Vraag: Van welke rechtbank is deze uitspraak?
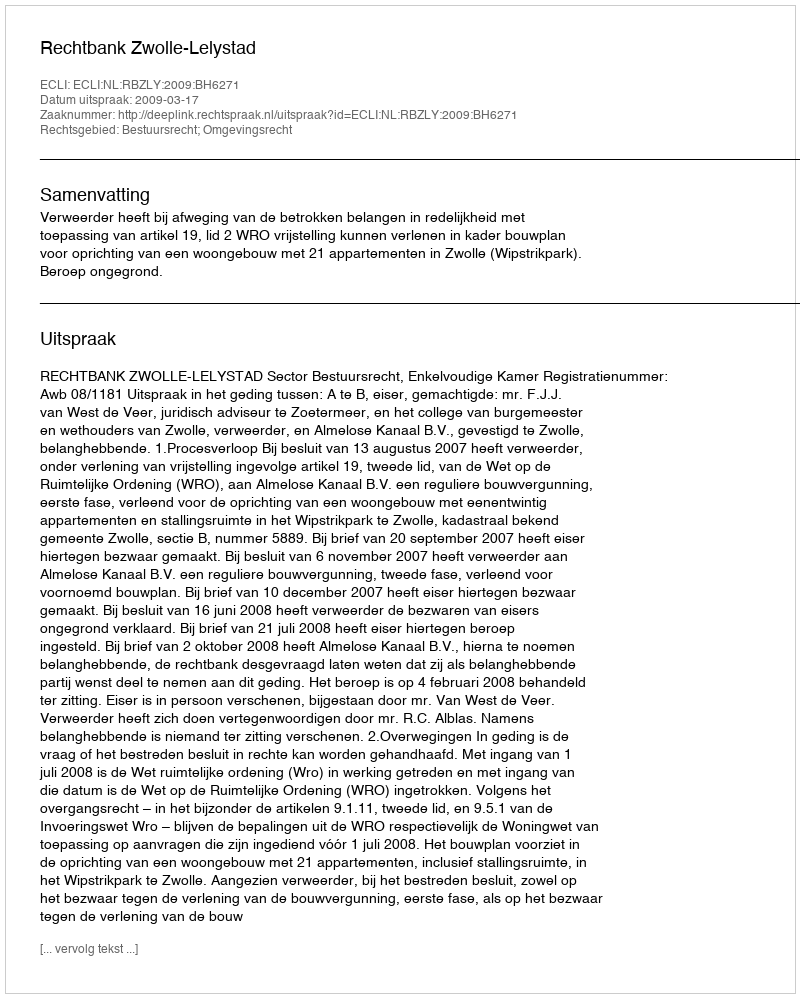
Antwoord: Rechtbank Zwolle-Lelystad